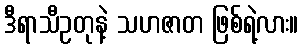
ဒီရာသီဥတုနဲ့ သဟဇာတ ဖြစ်ရဲ့လား။